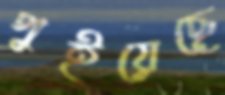
পুইয়েছে